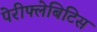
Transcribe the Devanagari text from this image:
पेरीफ्लेबिटिस